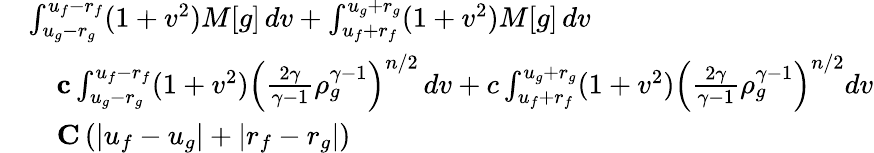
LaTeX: \begin{array}{rl}&{\int_{u_{g}-r_{g}}^{u_{f}-r_{f}}(1+v^{2})M[g]\, dv+\int_{u_{f}+r_{f}}^{u_{g}+r_{g}}(1+v^{2})M[g]\, dv}\\ &{\quad\le c\int_{u_{g}-r_{g}}^{u_{f}-r_{f}}(1+v^{2})\left(\frac{2\gamma}{\gamma-1}\rho_{g}^{\gamma-1}\right)^{n/2}\, dv+c\int_{u_{f}+r_{f}}^{u_{g}+r_{g}}(1+v^{2})\left(\frac{2\gamma}{\gamma-1}\rho_{g}^{\gamma-1}\right)^{n/2}dv}\\ &{\quad\le C\left(|u_{f}-u_{g}|+|r_{f}-r_{g}|\right)}\end{array}